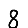
Digit: 8